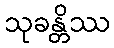
သုခန္တိဿ